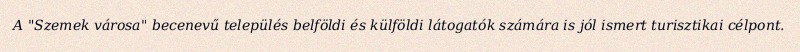
A "Szemek városa" becenevű település belföldi és külföldi látogatók számára is jól ismert turisztikai célpont.